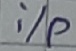
Text: i/p